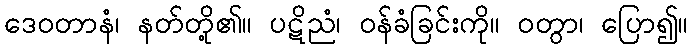
ဒေဝတာနံ၊ နတ်တို့၏။ ပဋိညံ၊ ဝန်ခံခြင်းကို။ ဝတွာ၊ ပြော၍။